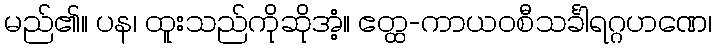
မည်၏။ ပန၊ ထူးသည်ကိုဆိုအံ့။ ဧတ္ထ-ကာယဝစီသင်္ခါရဂ္ဂဟဏေ၊